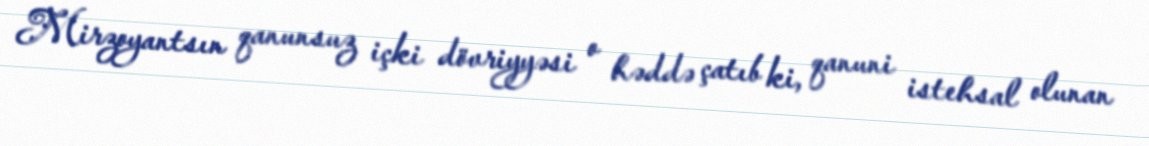
Mirzoyantsın qanunsuz içki dövriyyəsi o həddə çatıb ki, qanuni istehsal olunan